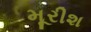
મૂરીશ